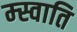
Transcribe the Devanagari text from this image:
म्स्वाति